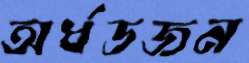
অর্ধডজন